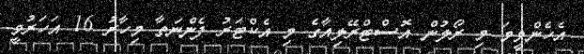
އެހެންވީމަ މި ރޯލުން އޮސްޓްރޭލިއާގެ މި އެކްޓަރު ފެންނަތާ މިހާރު 16 އަހަރުވީ